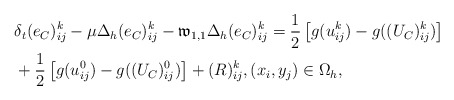
\begin{align*} &\delta_{t}(e_C)^{k}_{ij}-\mu\Delta_{h} (e_C)^{k}_{ij}- \mathfrak{w}_{1,1}\Delta_{h} (e_C)^{k}_{ij} =\frac{1}{2}\left[g(u^k_{ij})-g((U_C)^k_{ij})\right]\\ &+\frac{1}{2}\left[g(u^0_{ij})-g((U_C)^0_{ij})\right]+ (R)^{k}_{ij},(x_i,y_j)\in\Omega_{h}, \end{align*}